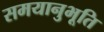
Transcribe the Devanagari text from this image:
समयानुभूति